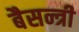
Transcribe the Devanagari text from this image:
बैसन्त्री